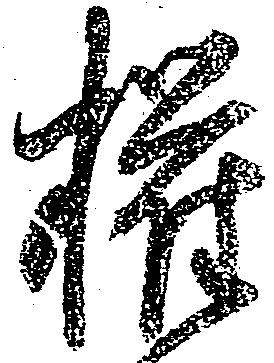
権